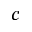
^ Ḋ c Ḍ